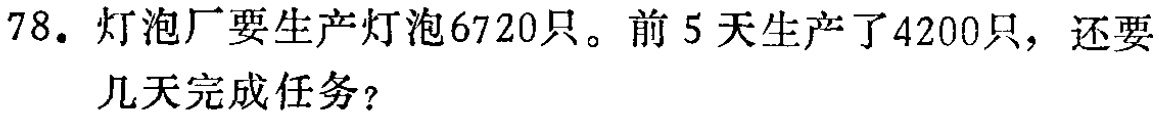
78. 灯泡厂要生产灯泡6720只。前5天生产了4200只，还要几天完成任务？